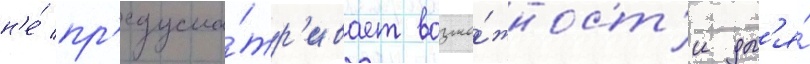
н'е́ пр'едусма́тр'ивает возмо́жност'и дл'я́